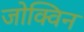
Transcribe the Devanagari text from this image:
जोक्विन